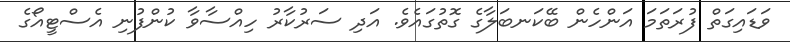
ވަޑައިގަތް ފުރަތަމަ އަންހެން ބޭކަނބަލާގެ ގޮތުގައެވެ. އަދި ސަރުކާރު ހިއްސާވާ ކުންފުނި އެސްޓީއޯގެ